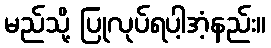
မည်သို့ ပြုလုပ်ရပါ့အံ့နည်း။